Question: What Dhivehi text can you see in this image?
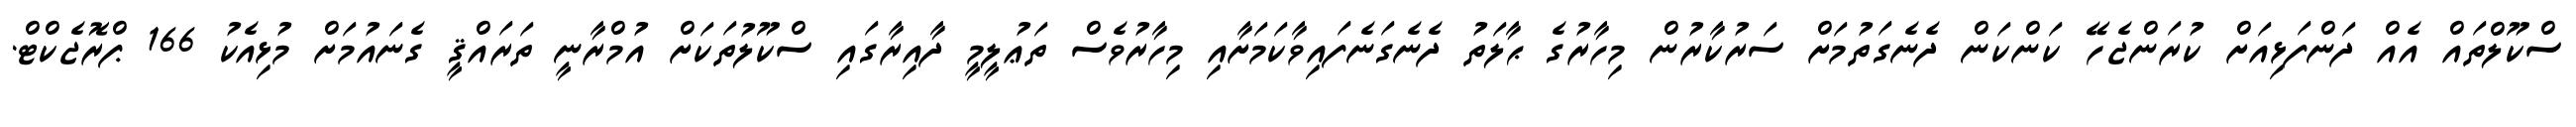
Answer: ސްކޫލްތައް އެއް ދަންފަޅިއަށް ކުރަންޖެހޭ ކަންކަން ދެނެގަތުމަށް ސަރުކާރުން މިހާރުގެ ޙާލަތު ދެނެގަނެފައިވާކަމަށާއި މިހާރުވެސް ތަޢުލީމީ ދާއިރާގައި ސްކޫލުތަކަށް އުމްރާނީ ތަރައްޤީ ގެނައުމަށް މުޅިއެކު 166 ޕްރޮޖެކްޓް.